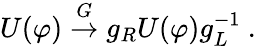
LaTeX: U(\varphi)\stackrel{G}{\to}g_{R}U(\varphi)g_{L}^{-1}~.